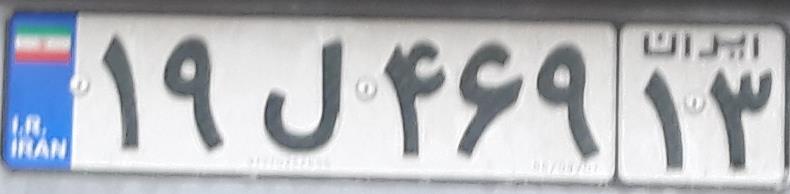
۱۹ل۴۶۹۱۳